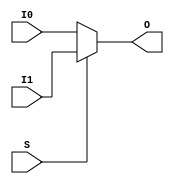
`timescale 1ns / 1ps
//////////////////////////////////////////////////////////////////////////////////
// Company: 
// Engineer: 
// 
// Design Name: 
// Module Name:    mux72 
// Project Name: 
// Target Devices: 
// Tool versions: 
// Description: 
//
// Dependencies: 
//
// Revision: 
// Revision 0.01 - File Created
// Additional Comments: 
//
//////////////////////////////////////////////////////////////////////////////////
module mux72(
    input [71:0] I0,
    input [71:0] I1,
    input S,
    output [71:0] O
    );
	
	assign O = S?I1:I0;

endmodule